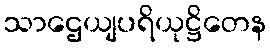
သာဌေယျပရိယုဋ္ဌိတေန